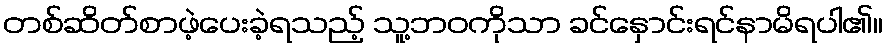
တစ်ဆိတ်စာဖဲ့ပေးခဲ့ရသည့် သူ့ဘဝကိုသာ ခင်နှောင်းရင်နာမိရပါ၏။